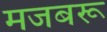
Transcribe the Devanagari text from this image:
मजबरू